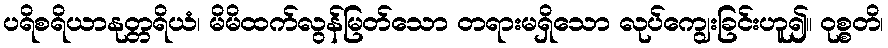
ပရိစရိယာနုတ္တရိယံ၊ မိမိထက်လွန်မြတ်သော တရားမရှိသော လုပ်ကျွေးခြင်းဟူ၍။ ဝုစ္စတိ၊